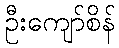
ဦးကျော်စိန်